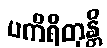
ပကိရိတုန္တိ